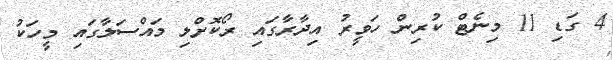
4 ގަޑި 11 މިނެޓް ކުރިން ހަވީރު އިދާރާގައި ރޯކޮށްލި މައްސަލާގައި މީހަކު